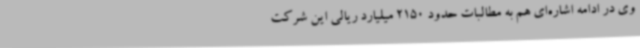
وی در ادامه اشاره‌ای هم به مطالبات حدود 2150 میلیارد ریالی این شرکت